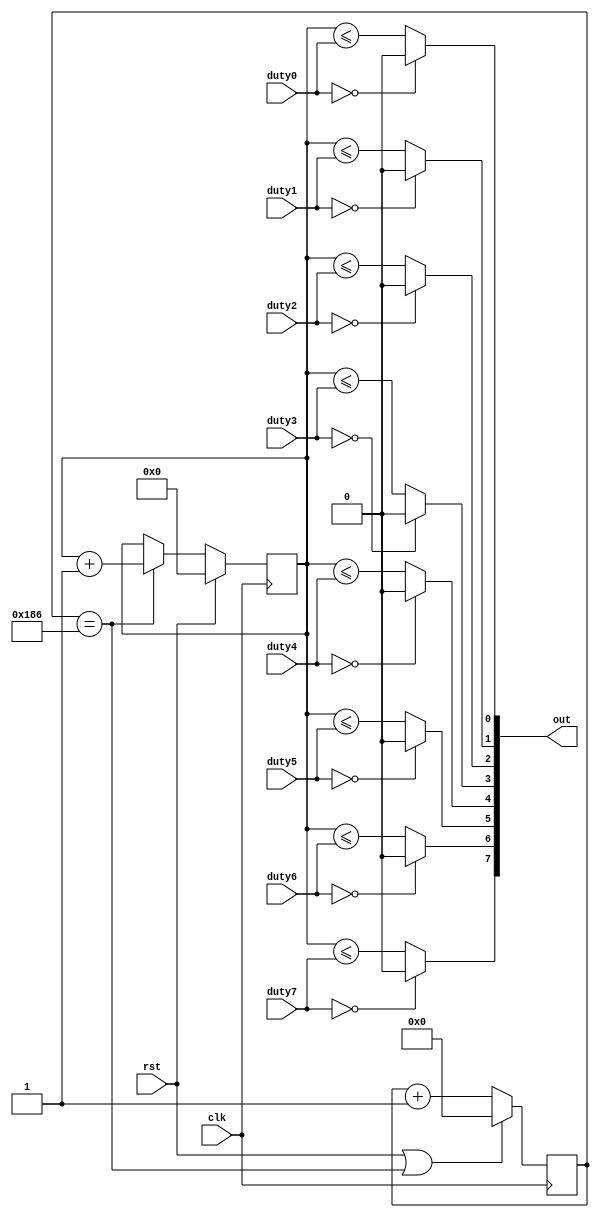
`timescale 1ns / 1ps

module pwm #(
	parameter CLK_DIV=391,
	parameter CNTR_BITS=8 // f=fclk/(CLK_DIV*2^CNTR_BITS)
)(
	input                  clk,
	input                  rst,
	input  [CNTR_BITS-1:0] duty0, // D=duty/(2^CNTR_BITS-1)
	input  [CNTR_BITS-1:0] duty1,
	input  [CNTR_BITS-1:0] duty2,
	input  [CNTR_BITS-1:0] duty3,
	input  [CNTR_BITS-1:0] duty4,
	input  [CNTR_BITS-1:0] duty5,
	input  [CNTR_BITS-1:0] duty6,
	input  [CNTR_BITS-1:0] duty7,
	output [7:0]           out
);

	reg[$clog2(CLK_DIV)-1:0] q;
	wire en=(q==CLK_DIV-1);
	always@(posedge clk)
		q<=(rst|en)?0:(q+1);

	reg[CNTR_BITS-1:0] cntr;
	always@(posedge clk)
		if(rst)
			cntr<=0;
		else if(en)
			cntr<=cntr+1;

	assign out[0]=(duty0==0)?0:(cntr<=duty0);
	assign out[1]=(duty1==0)?0:(cntr<=duty1);
	assign out[2]=(duty2==0)?0:(cntr<=duty2);
	assign out[3]=(duty3==0)?0:(cntr<=duty3);
	assign out[4]=(duty4==0)?0:(cntr<=duty4);
	assign out[5]=(duty5==0)?0:(cntr<=duty5);
	assign out[6]=(duty6==0)?0:(cntr<=duty6);
	assign out[7]=(duty7==0)?0:(cntr<=duty7);

endmodule